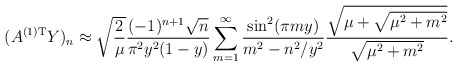
\begin{align*}(A^{(1) {\rm T}} Y)_n\approx \sqrt{\frac{2}{\mu}}\frac{(-1)^{n+1} \sqrt{n}}{\pi^2 y^2 (1-y)}\sum_{m=1}^\infty\frac{ \sin^2 (\pi m y)}{m^2 - n^2/y^2}\frac{\sqrt{\mu + \sqrt{\mu^2 + m^2}}}{\sqrt{\mu^2 + m^2}}.\end{align*}